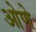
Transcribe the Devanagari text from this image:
ओणे